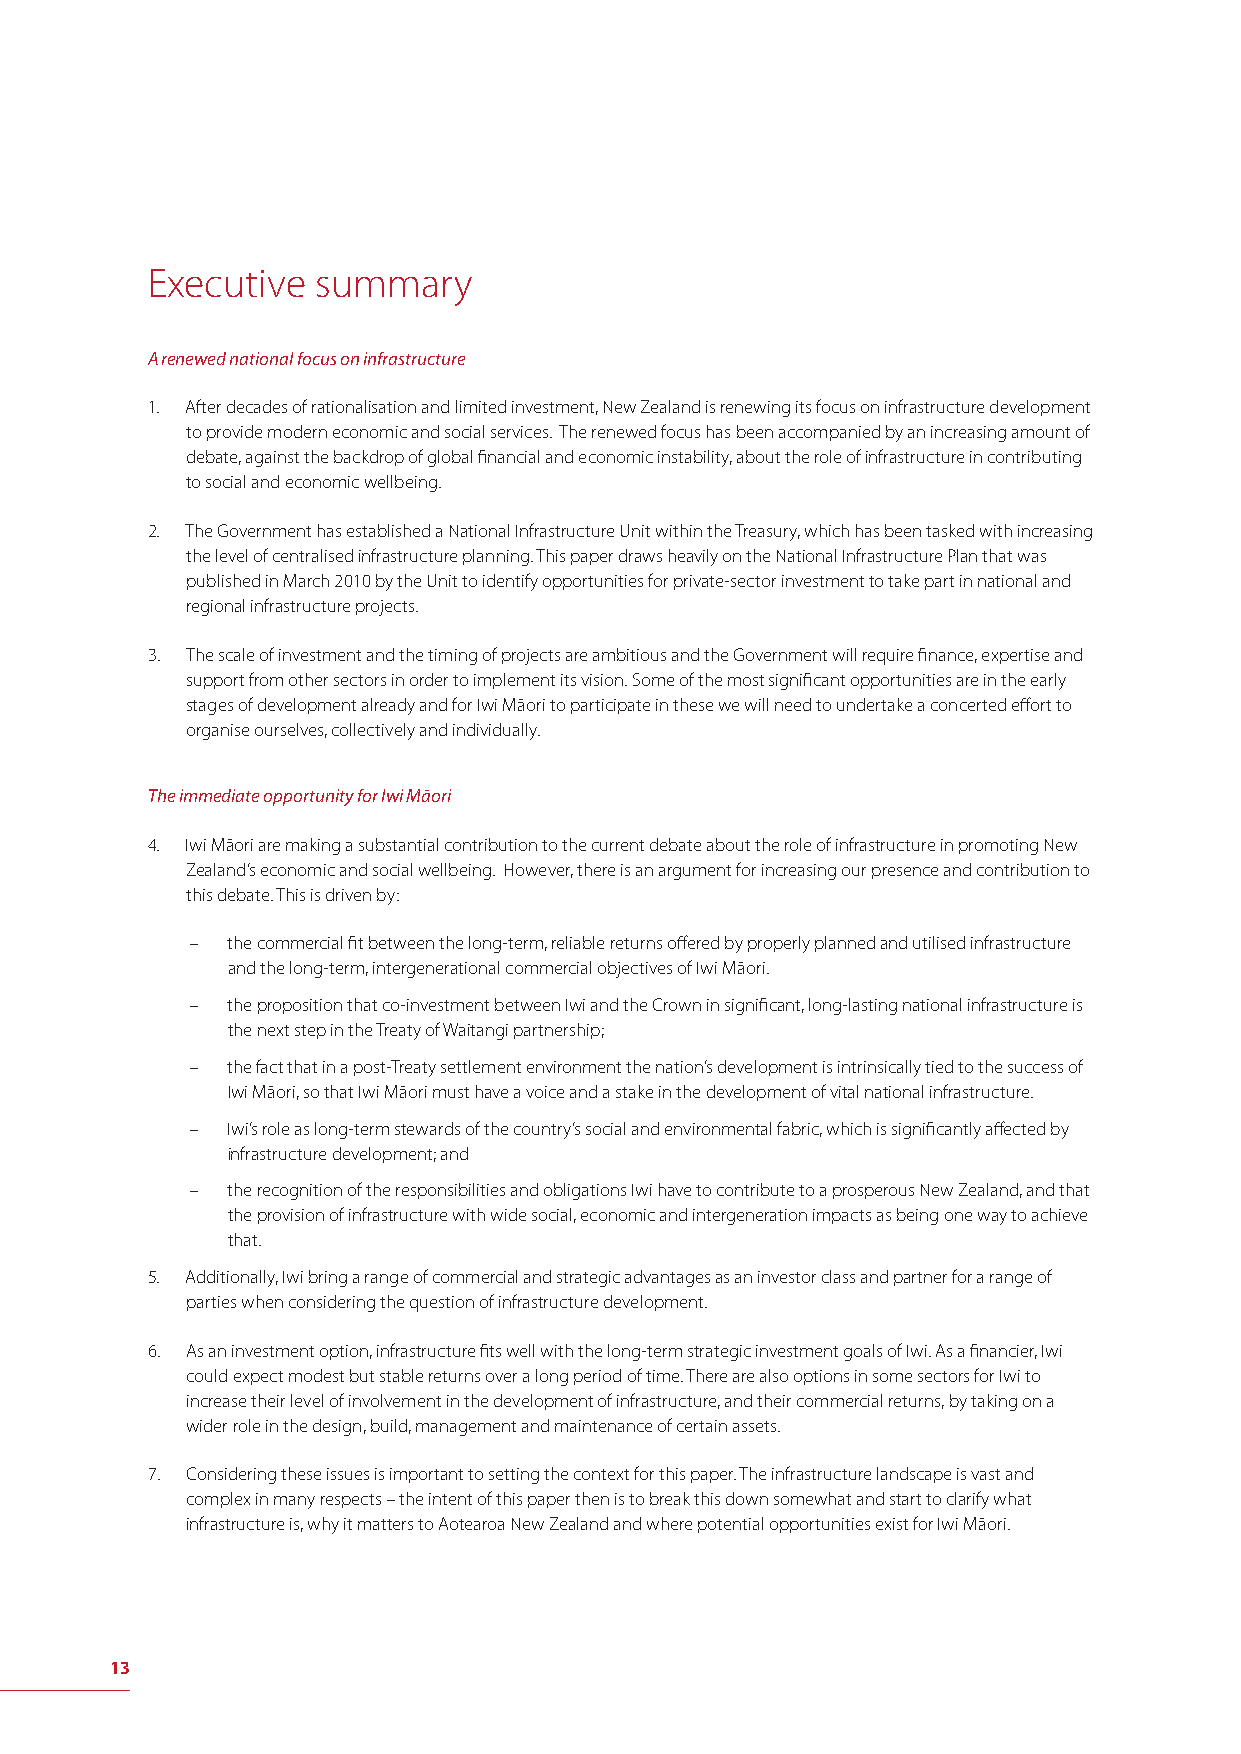
Executive  summary
 A renewed national focus on infrastructure
 1. After decades of rationalisation and limited investment, New Zealand is renewing its focus on infrastructure development
 to provide modern economic and social services. The renewed focus has been accompanied by an increasing amount of
 debate, against the backdrop of global fi nancial and economic instability, about the role of infrastructure in contributing
 to social and economic wellbeing.
 2. The Government has established a National Infrastructure Unit within the Treasury, which has been tasked with increasing
 the level of centralised infrastructure planning. This paper draws heavily on the National Infrastructure Plan that was
 published in March 2010 by the Unit to identify opportunities for private-sector investment to take part in national and
 regional infrastructure projects.
 3. The scale of investment and the timing of projects are ambitious and the Government will require fi nance, expertise and
 support from other sectors in order to implement its vision. Some of the most signifi cant opportunities are in the early
 stages of development already and for Iwi Māori to participate in these we will need to undertake a concerted eff ort to
 organise ourselves, collectively and individually.
 The immediate opportunity for Iwi Māori
 4. Iwi Māori are making a substantial contribution to the current debate about the role of infrastructure in promoting New
 Zealand’s economic and social wellbeing. However, there is an argument for increasing our presence and contribution to
 this debate. This is driven by:
 – the commercial fi t between the long-term, reliable returns off ered by properly planned and utilised infrastructure
 and the long-term, intergenerational commercial objectives of Iwi Māori.
 – the proposition that co-investment between Iwi and the Crown in signifi cant, long-lasting national infrastructure is
 the next step in the Treaty of Waitangi partnership;
 – the fact that in a post-Treaty settlement environment the nation’s development is intrinsically tied to the success of
 Iwi Māori, so that Iwi Māori must have a voice and a stake in the development of vital national infrastructure.
 – Iwi’s role as long-term stewards of the country’s social and environmental fabric, which is signifi cantly aff ected by
 infrastructure development; and
 – the recognition of the responsibilities and obligations Iwi have to contribute to a prosperous New Zealand, and that
 the provision of infrastructure with wide social, economic and intergeneration impacts as being one way to achieve
 that.
 5. Additionally, Iwi bring a range of commercial and strategic advantages as an investor class and partner for a range of
 parties when considering the question of infrastructure development.
 6. As an investment option, infrastructure fi ts well with the long-term strategic investment goals of Iwi. As a fi nancier, Iwi
 could expect modest but stable returns over a long period of time. There are also options in some sectors for Iwi to
 increase their level of involvement in the development of infrastructure, and their commercial returns, by taking on a
 wider role in the design, build, management and maintenance of certain assets.
 7. Considering these issues is important to setting the context for this paper. The infrastructure landscape is vast and
 complex in many respects – the intent of this paper then is to break this down somewhat and start to clarify what
 infrastructure is, why it matters to Aotearoa New Zealand and where potential opportunities exist for Iwi Māori.
 13